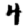
Digit: 4